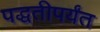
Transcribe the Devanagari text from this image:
पद्धतीपर्यंत